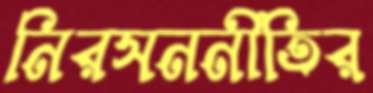
নিরসননীতির